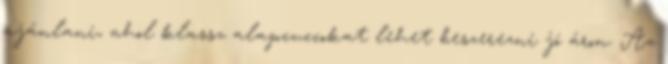
ajánlani, ahol klassz alapcuccokat lehet beszerezni jó áron. Az